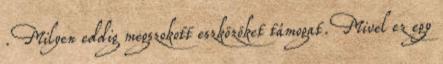
. Milyen eddig megszokott eszközöket támogat. Mivel ez egy